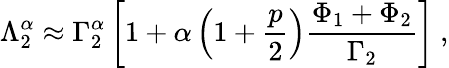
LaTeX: \Lambda_{2}^{\alpha}\approx\Gamma_{2}^{\alpha}\left[1+\alpha\left(1+\frac{p}{2}\right)\frac{\Phi_{1}+\Phi_{2}}{\Gamma_{2}}\right]\ ,